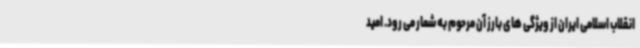
انقلاب اسلامی ایران از ویژگی های بارز آن مرحوم به شمار می رود. امید